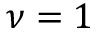
\nu = 1